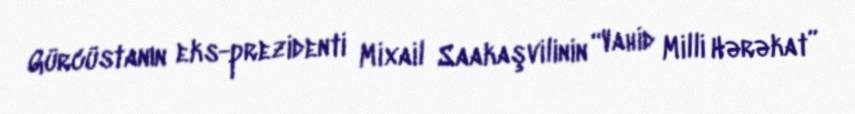
Gürcüstanın eks-prezidenti Mixail Saakaşvilinin “Vahid Milli Hərəkat”